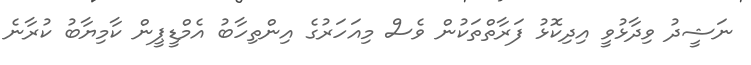
ނަޝީދު ވިދާޅުވީ އިދިކޮޅު ފަރާތްތަކުން ވެސް މިއަހަރުގެ އިންތިހާބު އެމްޑީޕީން ކާމިޔާބު ކުރާނެ